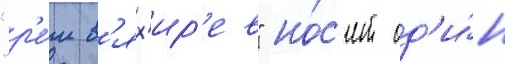
"р'е́м в'ях'ир'ев" но́с'ит од'и́н